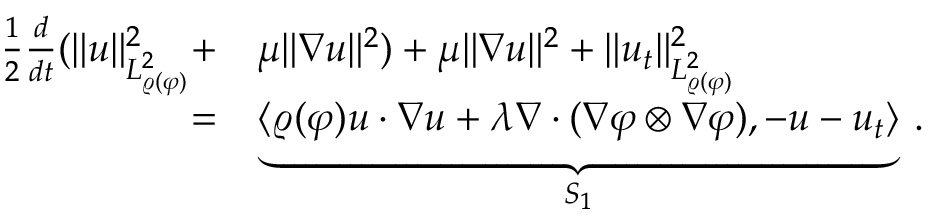
\begin{array} { r l } { \frac { 1 } { 2 } \frac { d } { d t } ( \| u \| _ { L _ { \varrho ( \varphi ) } ^ { 2 } } ^ { 2 } + } & { \mu \| \nabla u \| ^ { 2 } ) + \mu \| \nabla u \| ^ { 2 } + \| u _ { t } \| _ { L _ { \varrho ( \varphi ) } ^ { 2 } } ^ { 2 } } \\ { = } & { \underbrace { \langle \varrho ( \varphi ) u \cdot \nabla u + \lambda \nabla \cdot ( \nabla \varphi \otimes \nabla \varphi ) , - u - u _ { t } \rangle } _ { S _ { 1 } } \, . } \end{array}